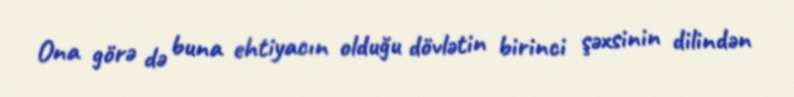
Ona görə də buna ehtiyacın olduğu dövlətin birinci şəxsinin dilindən